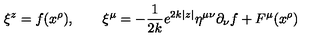
\xi ^ { z } = f ( x ^ { \rho } ) , \qquad \xi ^ { \mu } = - \frac { 1 } { 2 k } e ^ { 2 k | z | } \eta ^ { \mu \nu } \partial _ { \nu } f + F ^ { \mu } ( x ^ { \rho } )